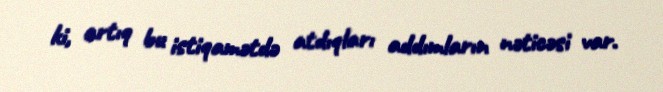
ki, artıq bu istiqamətdə atdıqları addımların nəticəsi var.